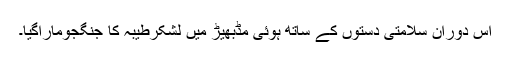
اس دوران سلامتی دستوں کے ساتھ ہوئی مڈبھیڑ میں لشکرطیبہ کا جنگجوماراگیا۔